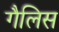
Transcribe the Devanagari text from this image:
गैलिस